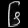
Digit: ၆